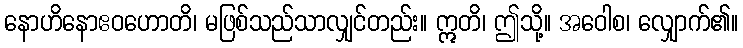
နောဟိနောဧဝဟောတိ၊ မဖြစ်သည်သာလျှင်တည်း။ ဣတိ၊ ဤသို့။ အဝေါစ၊ လျှောက်၏။